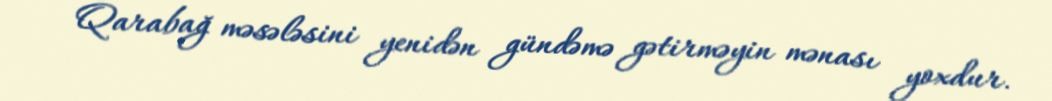
Qarabağ məsələsini yenidən gündəmə gətirməyin mənası yoxdur.